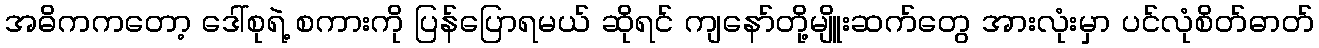
အဓိကကတော့ ဒေါ်စုရဲ့ စကားကို ပြန်ပြောရမယ် ဆိုရင် ကျနော်တို့မျိူးဆက်တွေ အားလုံးမှာ ပင်လုံစိတ်ဓာတ်